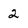
Character: 2